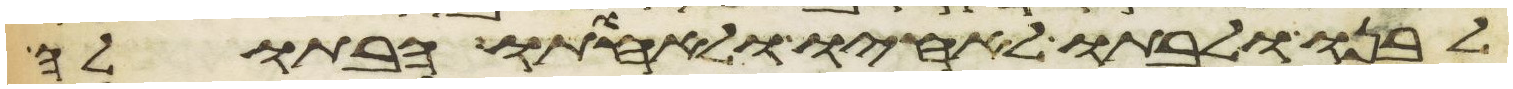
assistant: לבנו ולבתו לאחיו ולאחותו הבתולה